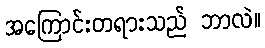
အကြောင်းတရားသည် ဘာလဲ။